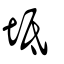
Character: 坻